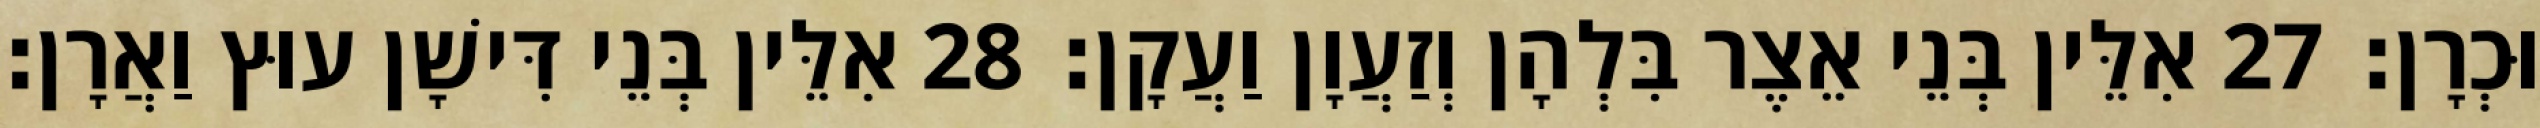
וּכְרָן׃ 27 אִלֵּין בְּנֵי אֵצֶר בִּלְהָן וְזַעֲוָן וַעֲקָן׃ 28 אִלֵּין בְּנֵי דִּישָׁן עוּץ וַאֲרָן׃